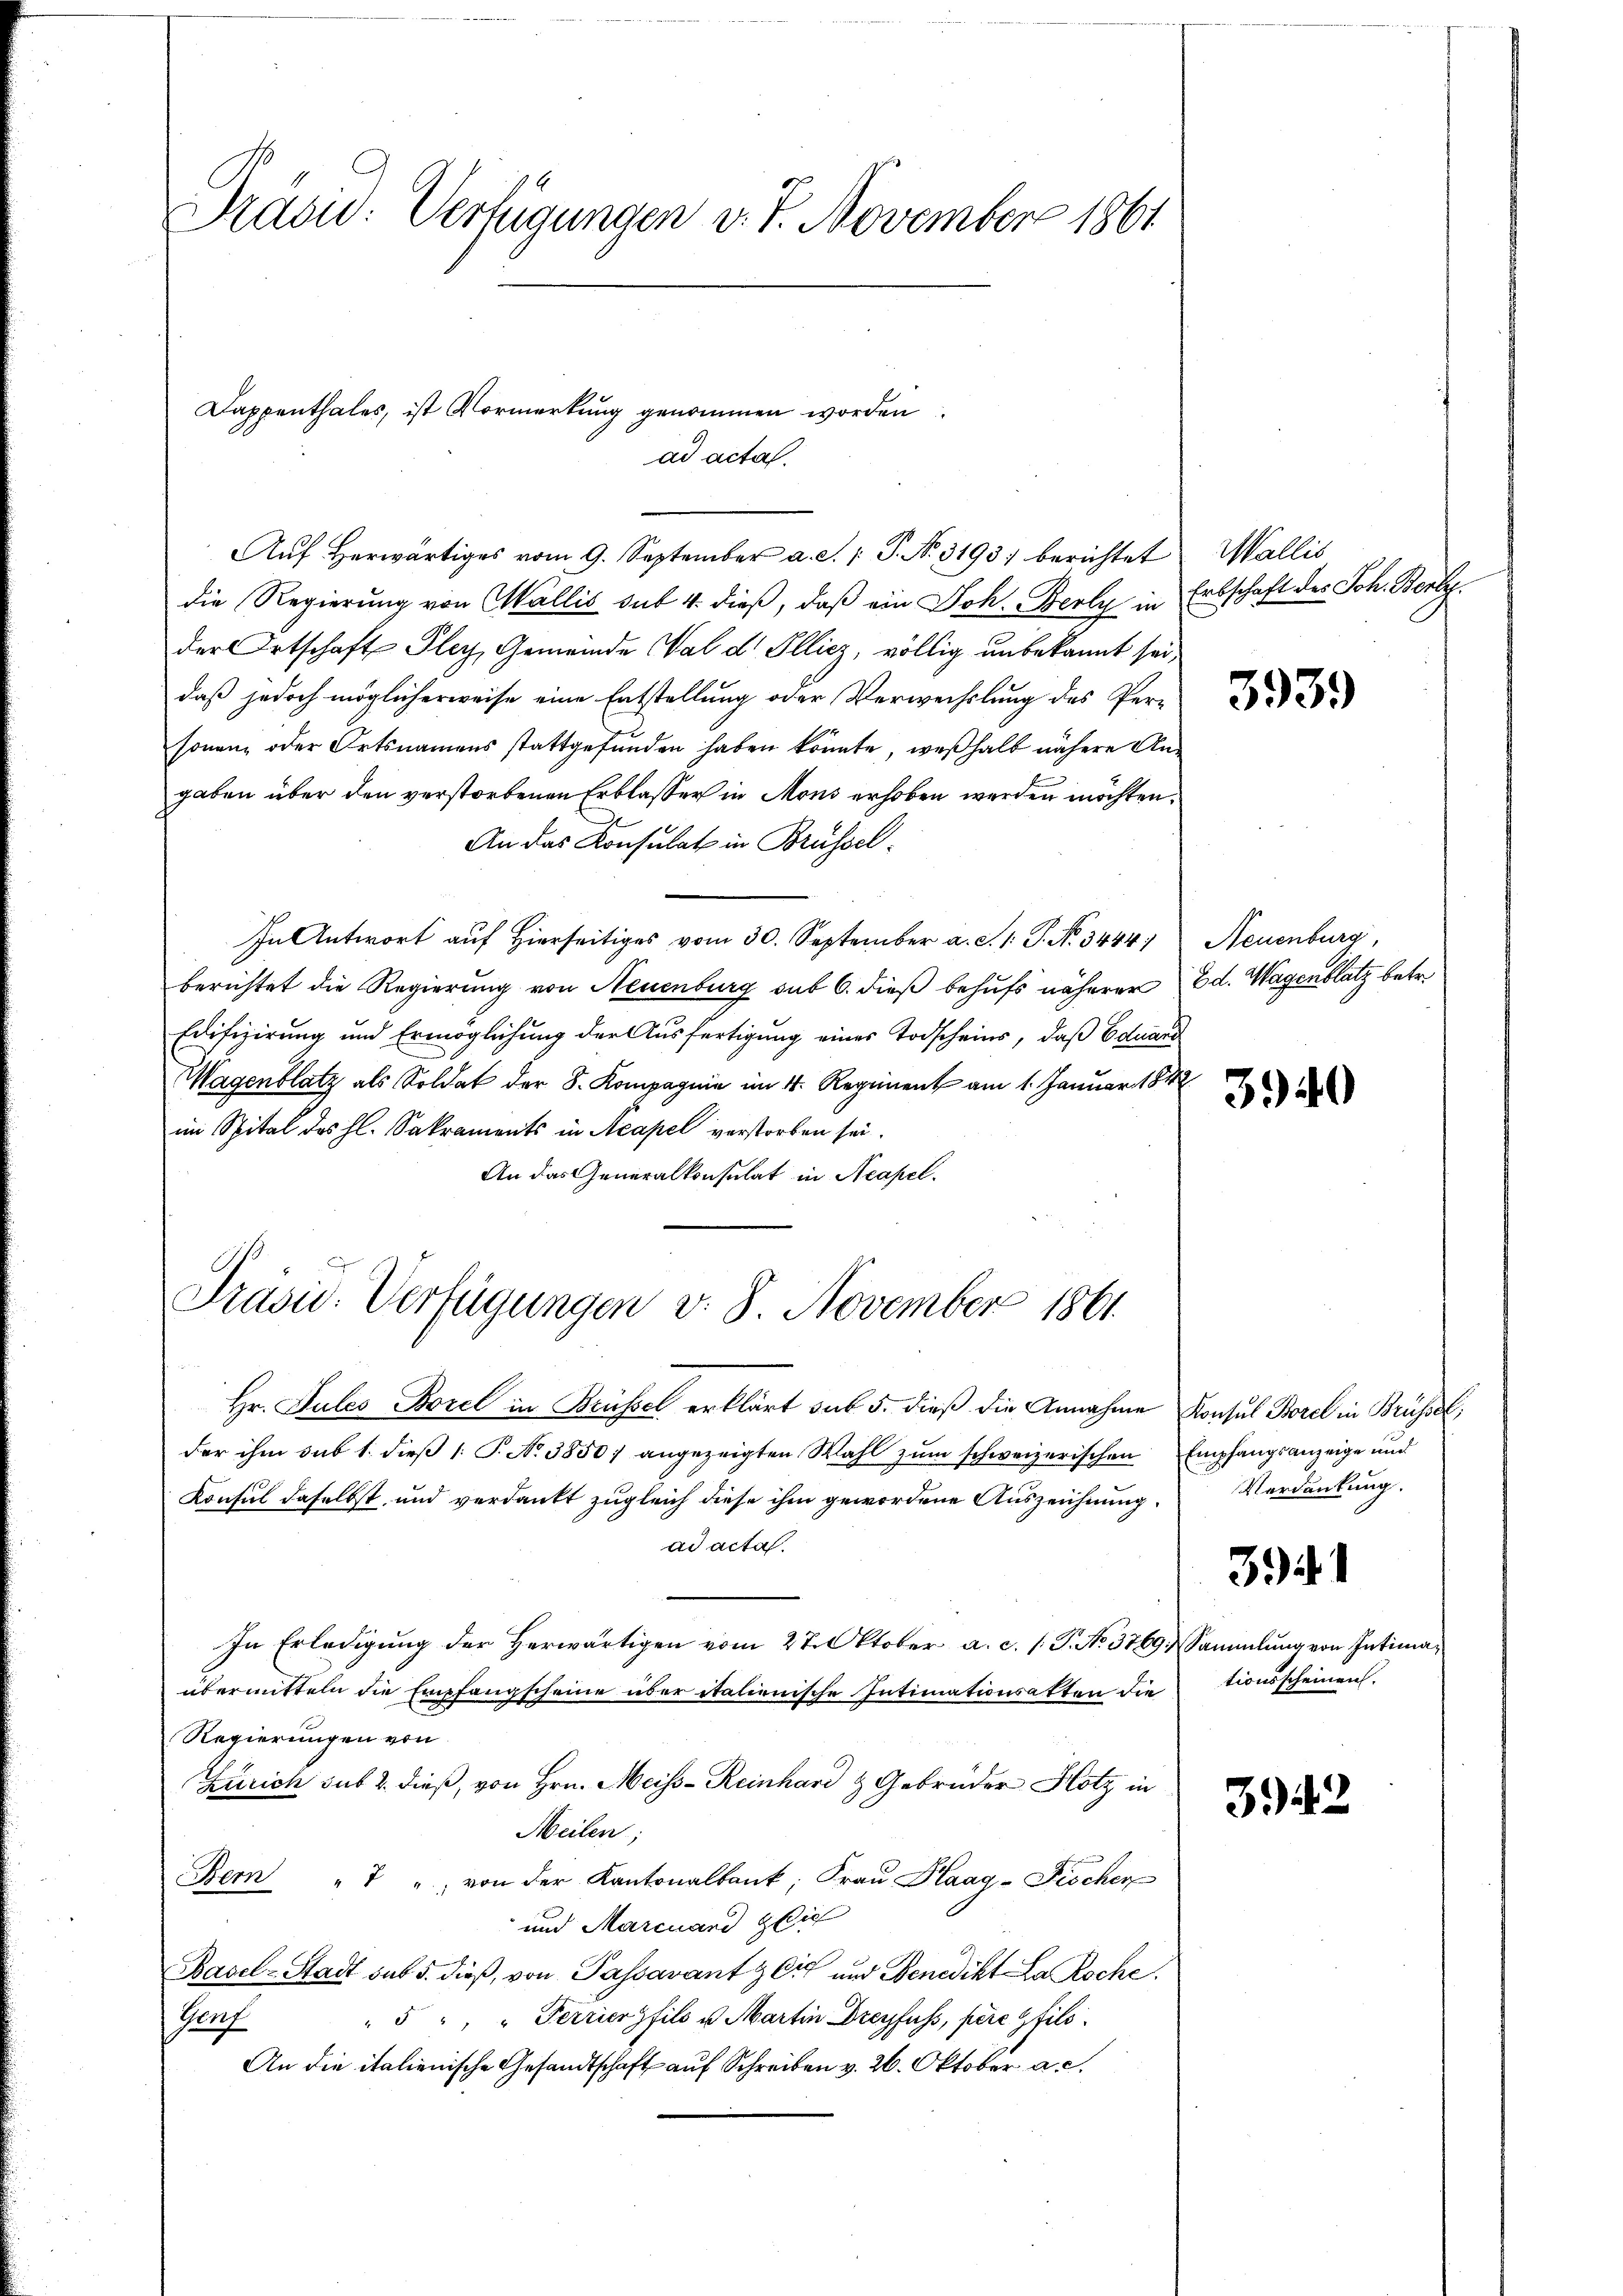
Präsid: Verfügungen v. 7. November 1861

Dappenthales, ist Vormerkung genommen worden
ad acta.

Aŭf herwärtiges vom 9. September a. S. 1: P. Nr. 3193) berichtet
die Regierung von Wallis sub 4. dieß, daß ein Joh. Berly in
der Ortschaft Pley, Gemeinde Val dr Illicz, völlig unbekannt sei,
daß jedoch möglicherweise eine Entstellung oder Verwechslung des Per-
sonen, oder Ortsnamens stattgefunden haben könnte, weßhalb nähere Angaben über den verstorbenen Erblasser in Mons erhoben werden möchten.
An das Konsulat in Brüssel¬
In Antwort auf Hierseitiges vom 30. September a. S. 1: P. N. 3444)
berichtet die Regierung von Neuenburg sub 6. dieß behufs näherer
Edifizirung und Ermöglichung der Ausfertigung einer Todscheins, daß Eduard
Wagenblatz als Soldat der S. Kompagnie im 4. Regiment am 1. Januar 1842
im Spital des hl. Sakraments in Acapel verstorben sei.
An das Generalkonsulat in Neapel.

Präsid. Verfügungen v. 8. November 1861

Hr. Jules Borel in Brüssel erklärt sub. 5. dieß die Annahme
der ihm sub 1. dieß 1: P. Nr. 3850) angezeigten Wahl zum schweizerischen
Konsul daselbst und verdankt zugleich diese ihm gewordene Auszeichnung.
ad acta.
In Erledigung der Herwärtigen vom 27. Oktober a. c. (T. No. 3769, Sammlung von Intimaübermitteln die Empfangscheine über italienische Intimationsatten die
Regierungen von
Zürich sub 2. dieß, von Hrn. Meiss-Reinhard & Gebrüder Hotz in
Meilen;
Bern " " von der Kantonalbank, Fraŭ Kaag-Fischer
und Marcuard sich
Basel-Stadt sub 5. dieß, von Passavant & Cie und Benedikt La Roche
5 " " Ferrier fils u. Martin Dreyfuss, pere fils.
Henf
An die italienische Gesandtschaft auf Schreiben v. 26. Oktober a. c.

Wallis
Erbschaft des Joh. Berts.

3939

Neuenburg,
Ed. Wagenblatz betr.

3940

Konsul Borel in Brüsse;
Empfangsanzeige und
Verdankung.

341

tionsscheinen.

342